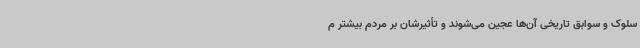
سلوک و سوابق تاریخی آن‌ها عجین می‌شوند و تأثیرشان بر مردم بیشتر م